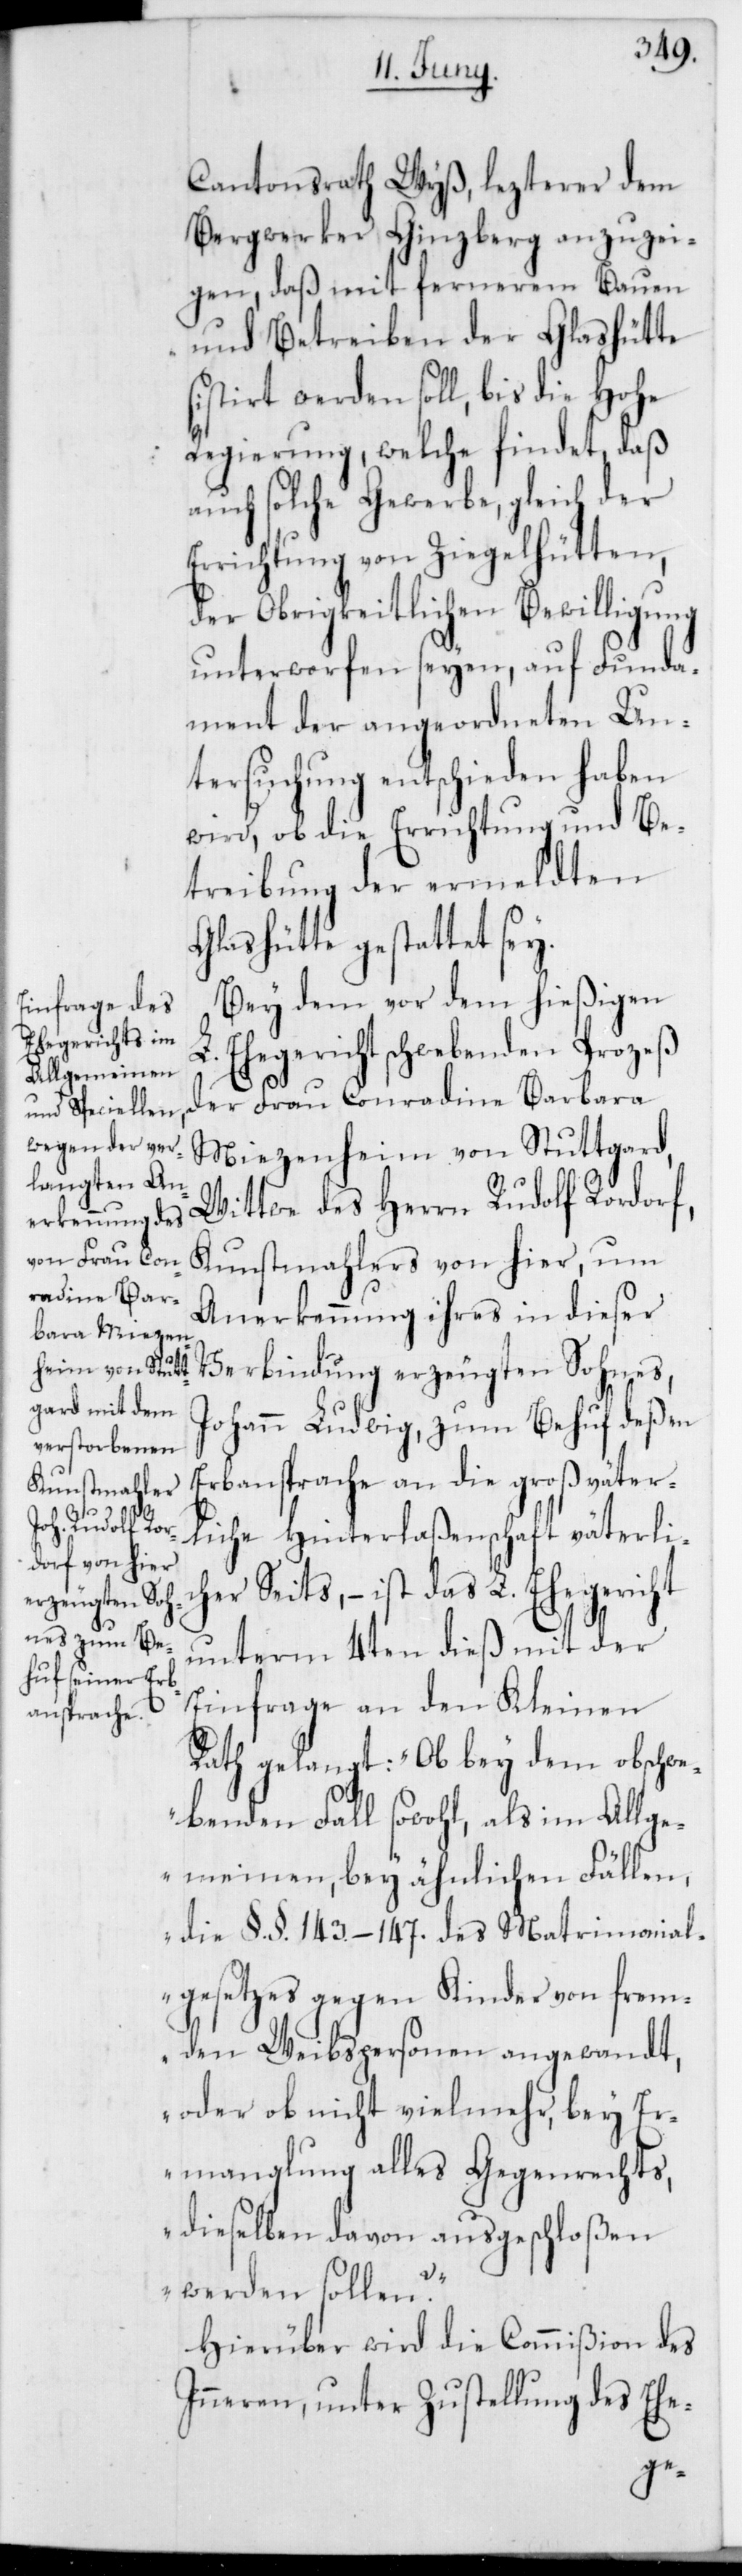
Cantonsrath Wyß, lezterer dem
Bergwerker Ginzberg anzuzei¬
gen, daß mit fernerem Bauen
und Betreiben der Glashütte
stiert werden soll, bis die Hohe
Regierung, welche findet, daß
auch solche Gewerbe, gleich der
Errichtung von Ziegelhütten,
der Obrigkeitlichen Bewilligung
unterworfen seyen, auf Funda¬
ment der angeordneten Un¬
tersuchung entschieden haben
wird, ob die Errichtung und Be¬
treibung der ermeldten
Glashütte gestattet sey.
Bey dem vor dem hießigen
Ehegericht schwebenden Prozeß
der Frau Conradine Barbara
Miezenheim von Stuttgard,
Wittwe des Herrn Rudolf Rordorf,
Kunstmahlers von hier, um
Anerkennung ihres in dieser
Verbindung erzeugten Sohnes
Johann Ludwig, zum Behuf deßen
Erbansprache an die großväter¬
liche Hinterlaßenschaft väterli¬
cher Seits, – ist das L. Ehegericht
unterm 4ten dieß mit der
Einfrage an den Kleinen
Rath gelangt: „Ob bey dem obschwe¬
benden Fall sowohl als im Allge¬
meinen, bey ähnlichen Fällen,
die §. §. 143.–147. des Matrimonial¬
gesetzes gegen Kinder von frem¬
den Weibspersonen angewandt,
oder ob nicht vielmehr, bey E¬
rmanglung alles Gegenrechts,
dieselben davon ausgeschloßen
werden sollen?“
Hierüber wird die Commißion des
Inneren, unter Zustellung des Ehe-
si¬